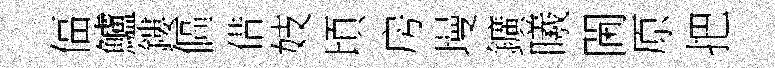
偪鱸鏤傴借妓頃房墁鑛曦閫原把